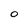
Character: O